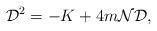
LaTeX: \begin{align*}{\cal D}^2=-K+4m{\cal N}{\cal D},\end{align*}